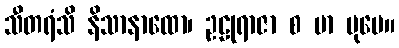
သီတရံသိ နိသာနာထော၊ ဥဠုရာဇာ စ မာ ပုမေ။